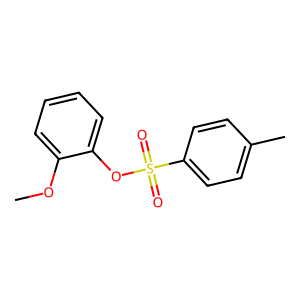
SMILES: COc1ccccc1OS(=O)(=O)c1ccc(C)cc1
Inhibits HIV replication: No